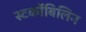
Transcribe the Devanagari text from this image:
स्‍टर्कोबिलिन